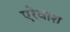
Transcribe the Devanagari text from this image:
एरेवाश